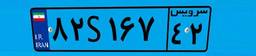
۸۴S۳۹۲۸۹